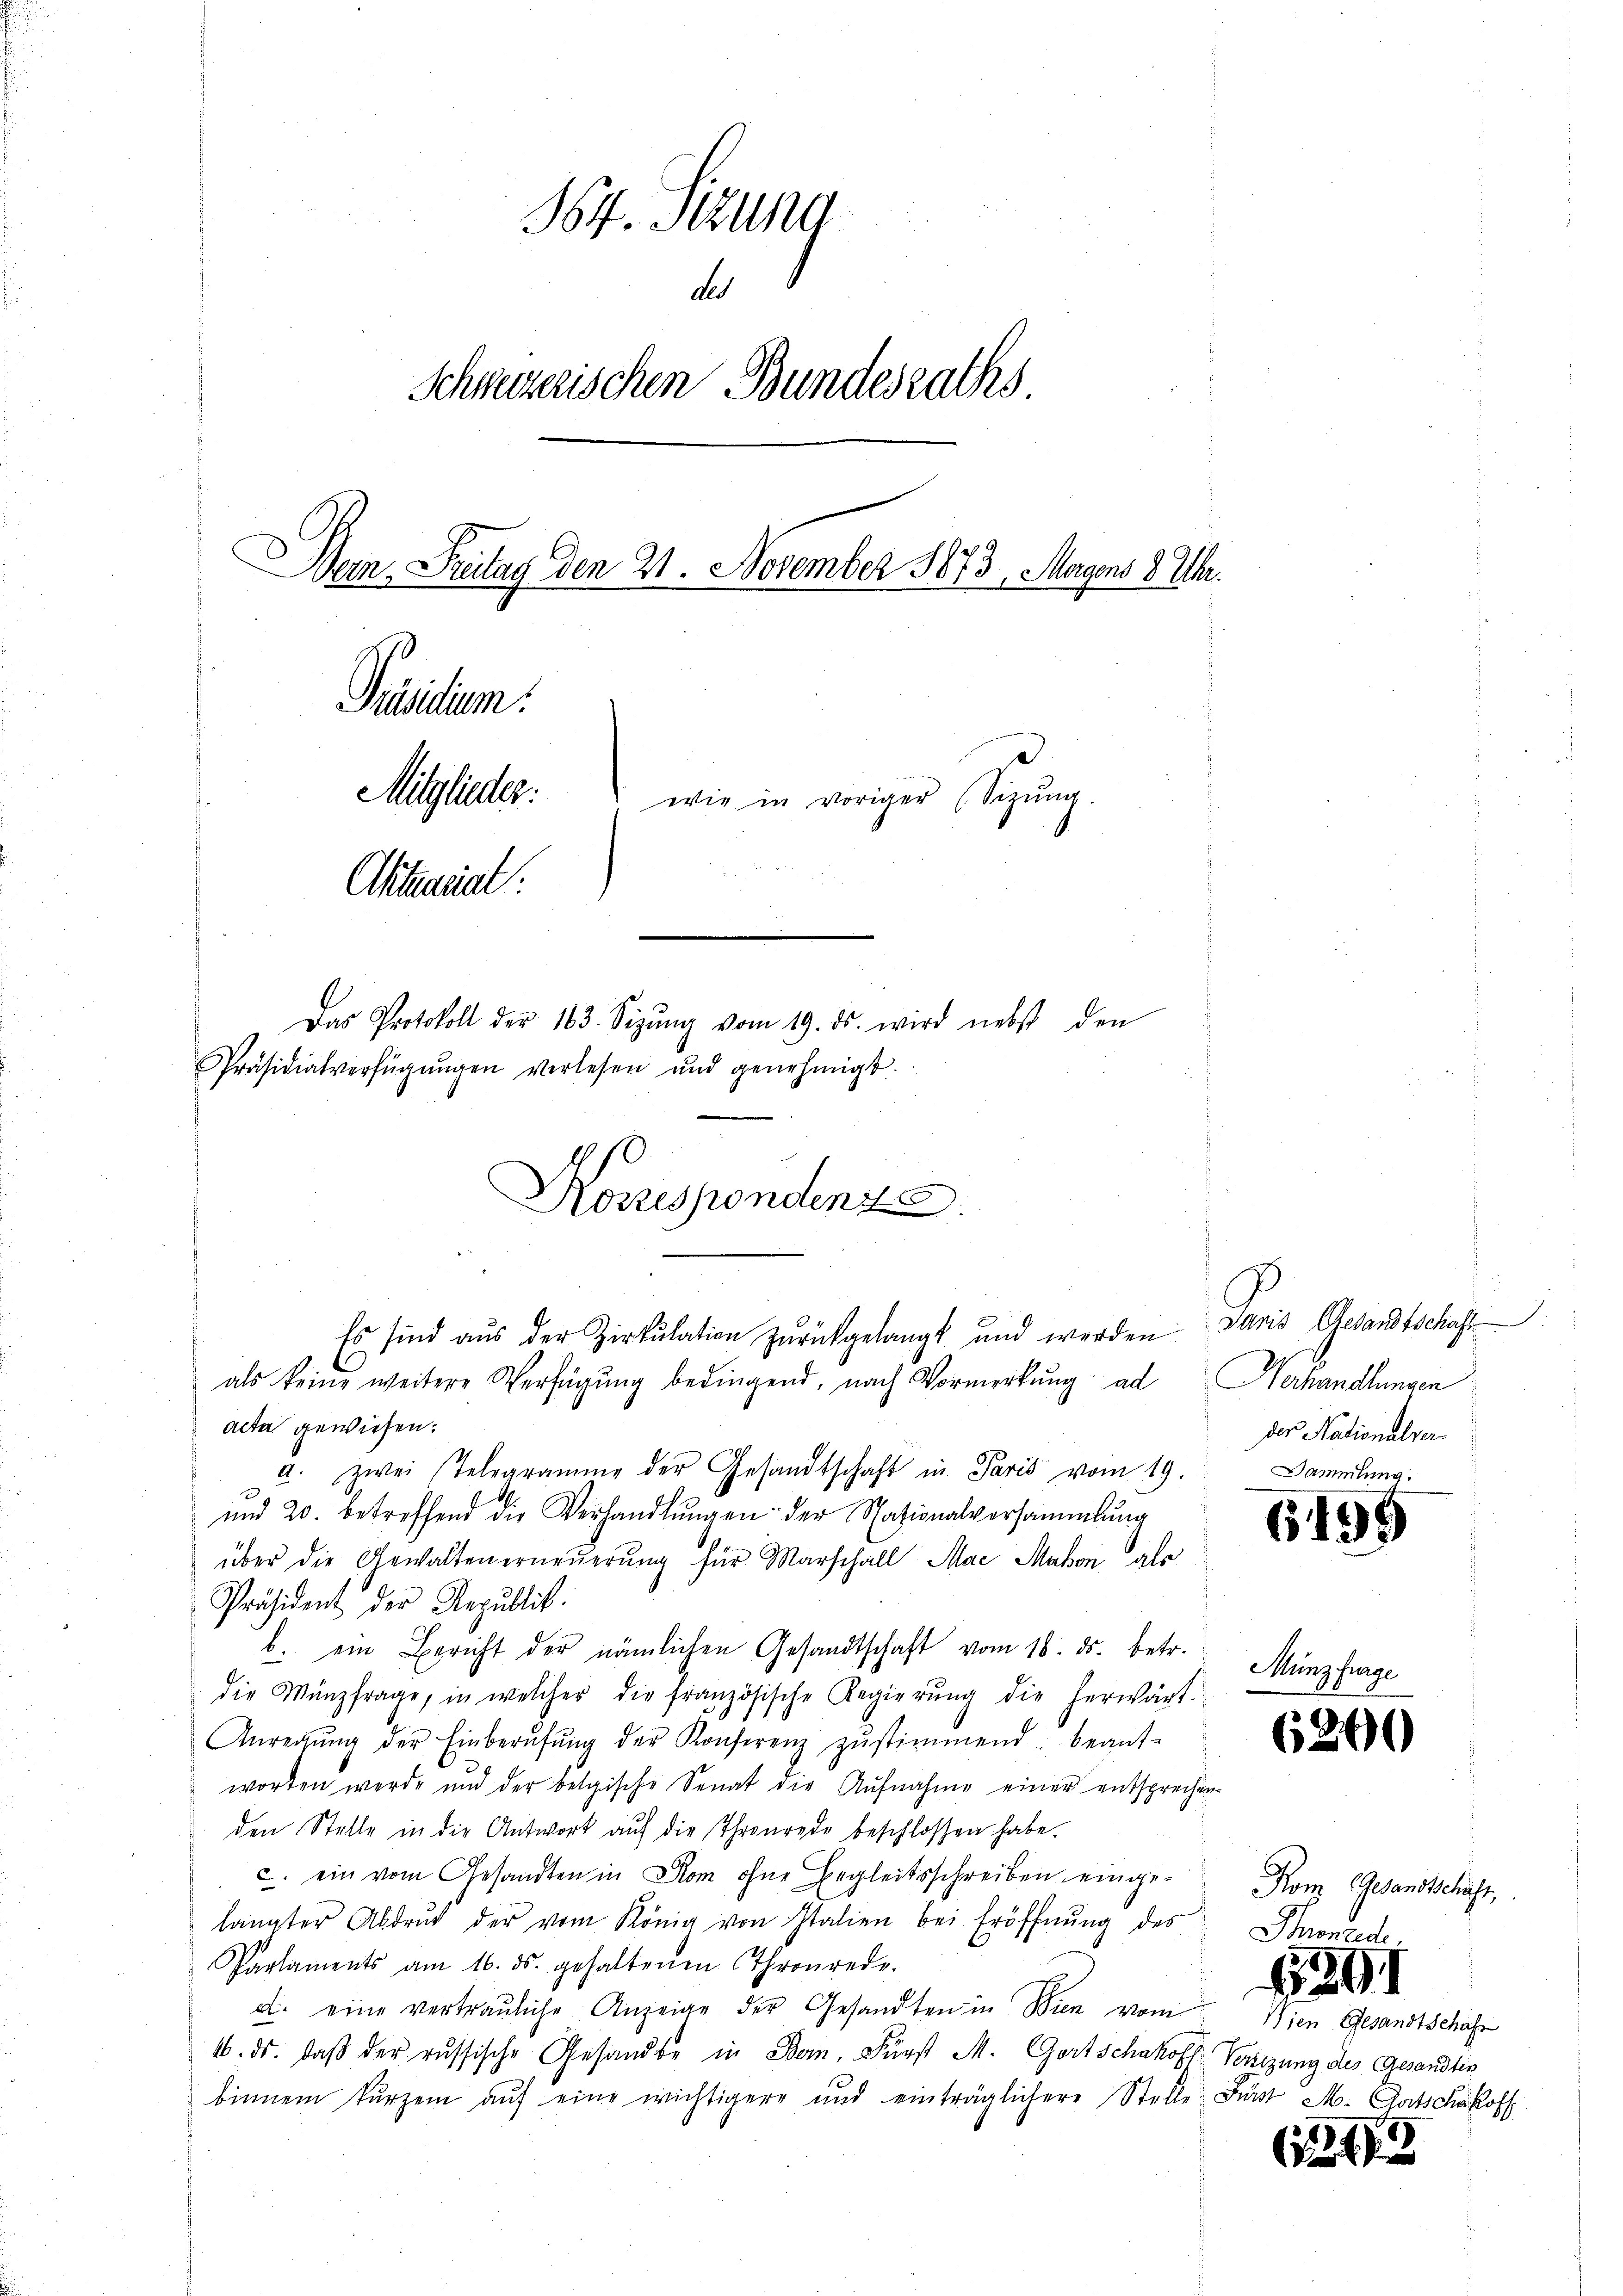
364. Sitzung
d
Schweizerischen Bundesraths
Dan. Freitag den 21. November 1873, Magens 8 Uhr.
Präsidium.
Mitglieder.
wie in voriger (Sitzung
1
Attariat
Das Protokoll der 183. Sizŭng vom 19. ds. wird nebst den
Präsidialverfügŭngen verlesen und genehmigt.
Koszespondenze

Es sind aus der Zirkulation zurückgelangt und werden Paris Gesandtschaft

als keine weitere Verfügung bedingend, nach Vormerkung ad
acta gewiesen.
a. zwei Telegramme der Gesandtschaft in Paris vom 19.
und 20. betreffend die Verhandlŭngen der Nationalversammlung
über die Gewaltenerneuerung für Marschall Mae Mahon glo
Präsident der Republick.
b. ein Bericht der nämlichen Gesandtschaft vom 18. ds. betr.
die Münzfrage, in welcher die französische Regierŭng die herwärt
Anregŭng der Einberŭfŭng der Konferenz zŭstimmend beant-
worden werde und der belgische Senat die Aŭfnahme einer entsprechen-
den Stelle in die Antwort aŭf die Thronrede beschlossen habe.
c. ein vom Gesandten in Rom ohne Begleitsschreiben eingelangter Abdrŭk der vom König von Italien bei Eröffnŭng des
Parlaments am 16. ds. gehaltenen Thronrede.
d. eine vertrauliche Anzeige der Gesandten in Wien vom
16. ds. daβ der russische Gesandte in Bern, Fürst M. Gortschakoff Vereizung des Gesandtis
binnen kurzem aŭf eine wichtigere und einträglichere Stelle Fürst M. Gutschakoff

Verhandlungen
der Nationalver-
ammlung.

6199

Münzfurge

6200

Kom Gesandtschäft,
Thronzede

1291
Wien Gesandtschäft

(1173